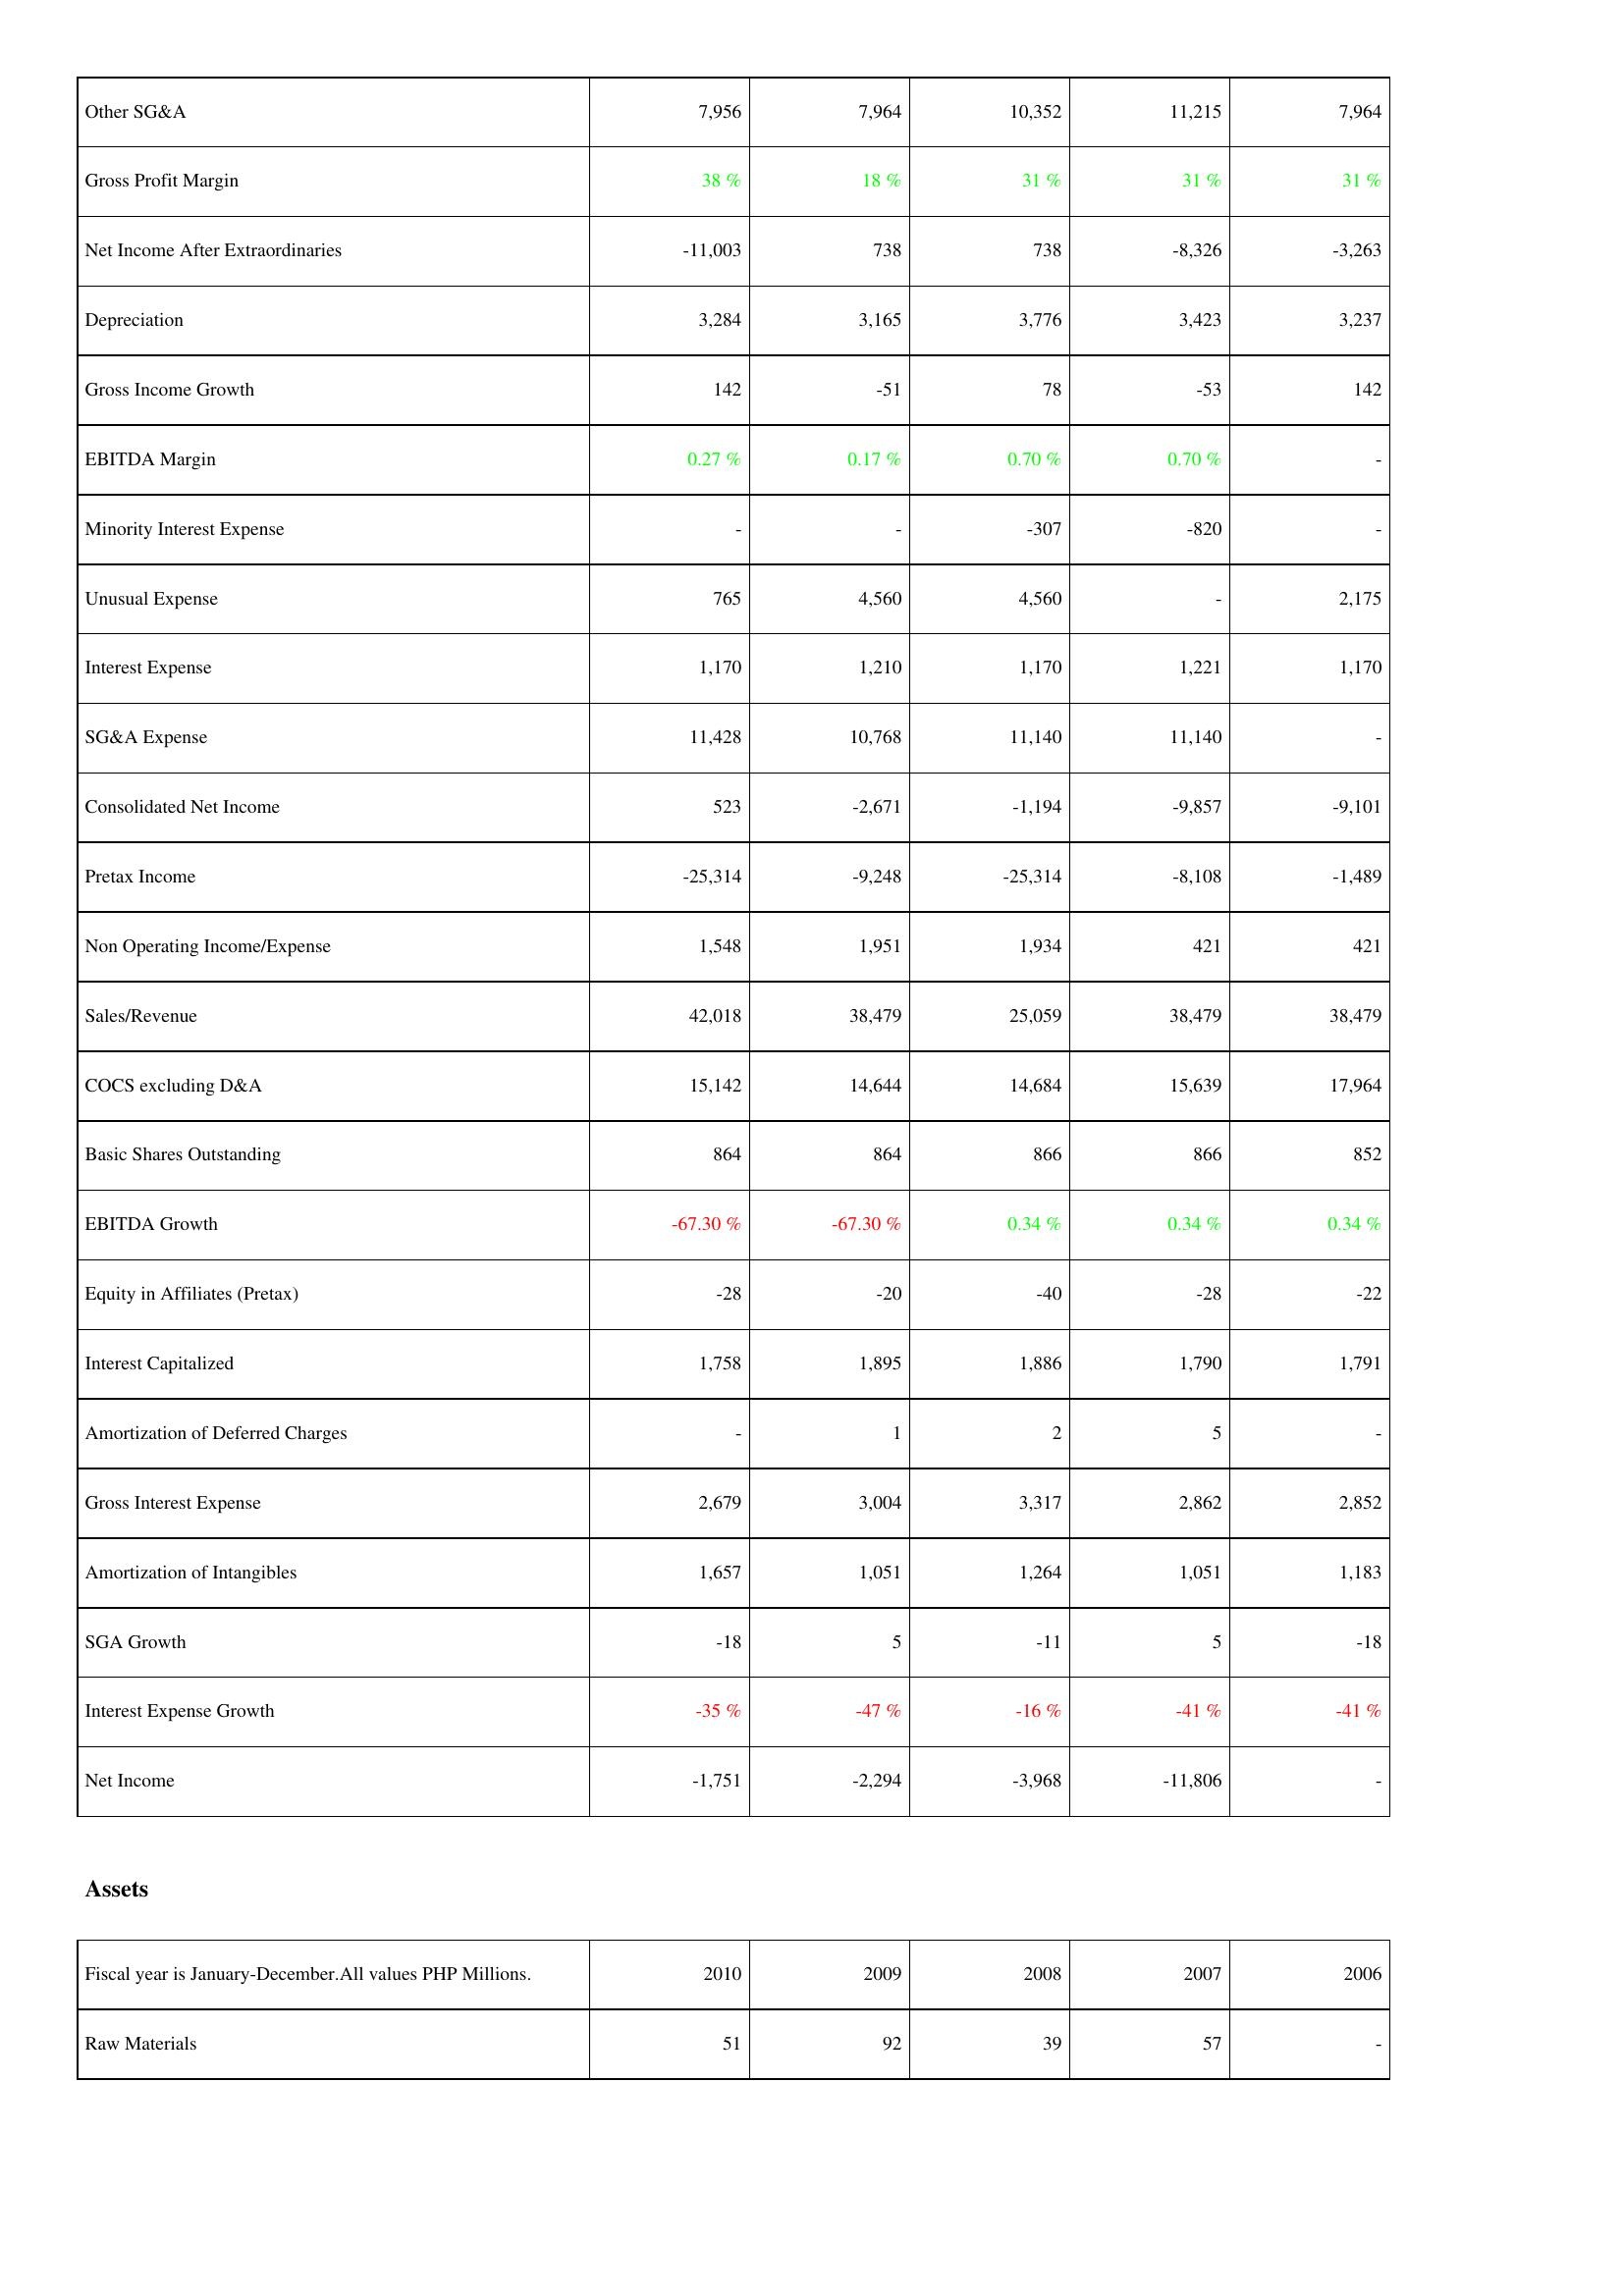
2010: Income Statement: Other SG&A: 7,956
Gross Profit Margin: 38 %
Net Income After Extraordinaries: -11,003
Depreciation: 3,284
Gross Income Growth: 142
EBITDA Margin: 0.27 %
Minority Interest Expense: -
Unusual Expense: 765
Interest Expense: 1,170
SG&A Expense: 11,428
Consolidated Net Income: 523
Pretax Income: -25,314
Non Operating Income/Expense: 1,548
Sales/Revenue: 42,018
COCS excluding D&A: 15,142
Basic Shares Outstanding: 864
EBITDA Growth: -67.30 %
Equity in Affiliates (Pretax): -28
Interest Capitalized: 1,758
Amortization of Deferred Charges: -
Gross Interest Expense: 2,679
Amortization of Intangibles: 1,657
SGA Growth: -18
Interest Expense Growth: -35 %
Net Income: -1,751
Assets: Raw Materials: 51
2009: Income Statement: Other SG&A: 7,964
Gross Profit Margin: 18 %
Net Income After Extraordinaries: 738
Depreciation: 3,165
Gross Income Growth: -51
EBITDA Margin: 0.17 %
Minority Interest Expense: -
Unusual Expense: 4,560
Interest Expense: 1,210
SG&A Expense: 10,768
Consolidated Net Income: -2,671
Pretax Income: -9,248
Non Operating Income/Expense: 1,951
Sales/Revenue: 38,479
COCS excluding D&A: 14,644
Basic Shares Outstanding: 864
EBITDA Growth: -67.30 %
Equity in Affiliates (Pretax): -20
Interest Capitalized: 1,895
Amortization of Deferred Charges: 1
Gross Interest Expense: 3,004
Amortization of Intangibles: 1,051
SGA Growth: 5
Interest Expense Growth: -47 %
Net Income: -2,294
Assets: Raw Materials: 92
2008: Income Statement: Other SG&A: 10,352
Gross Profit Margin: 31 %
Net Income After Extraordinaries: 738
Depreciation: 3,776
Gross Income Growth: 78
EBITDA Margin: 0.70 %
Minority Interest Expense: -307
Unusual Expense: 4,560
Interest Expense: 1,170
SG&A Expense: 11,140
Consolidated Net Income: -1,194
Pretax Income: -25,314
Non Operating Income/Expense: 1,934
Sales/Revenue: 25,059
COCS excluding D&A: 14,684
Basic Shares Outstanding: 866
EBITDA Growth: 0.34 %
Equity in Affiliates (Pretax): -40
Interest Capitalized: 1,886
Amortization of Deferred Charges: 2
Gross Interest Expense: 3,317
Amortization of Intangibles: 1,264
SGA Growth: -11
Interest Expense Growth: -16 %
Net Income: -3,968
Assets: Raw Materials: 39
2007: Income Statement: Other SG&A: 11,215
Gross Profit Margin: 31 %
Net Income After Extraordinaries: -8,326
Depreciation: 3,423
Gross Income Growth: -53
EBITDA Margin: 0.70 %
Minority Interest Expense: -820
Unusual Expense: -
Interest Expense: 1,221
SG&A Expense: 11,140
Consolidated Net Income: -9,857
Pretax Income: -8,108
Non Operating Income/Expense: 421
Sales/Revenue: 38,479
COCS excluding D&A: 15,639
Basic Shares Outstanding: 866
EBITDA Growth: 0.34 %
Equity in Affiliates (Pretax): -28
Interest Capitalized: 1,790
Amortization of Deferred Charges: 5
Gross Interest Expense: 2,862
Amortization of Intangibles: 1,051
SGA Growth: 5
Interest Expense Growth: -41 %
Net Income: -11,806
Assets: Raw Materials: 57
2006: Income Statement: Other SG&A: 7,964
Gross Profit Margin: 31 %
Net Income After Extraordinaries: -3,263
Depreciation: 3,237
Gross Income Growth: 142
EBITDA Margin: -
Minority Interest Expense: -
Unusual Expense: 2,175
Interest Expense: 1,170
SG&A Expense: -
Consolidated Net Income: -9,101
Pretax Income: -1,489
Non Operating Income/Expense: 421
Sales/Revenue: 38,479
COCS excluding D&A: 17,964
Basic Shares Outstanding: 852
EBITDA Growth: 0.34 %
Equity in Affiliates (Pretax): -22
Interest Capitalized: 1,791
Amortization of Deferred Charges: -
Gross Interest Expense: 2,852
Amortization of Intangibles: 1,183
SGA Growth: -18
Interest Expense Growth: -41 %
Net Income: -
Assets: Raw Materials: -